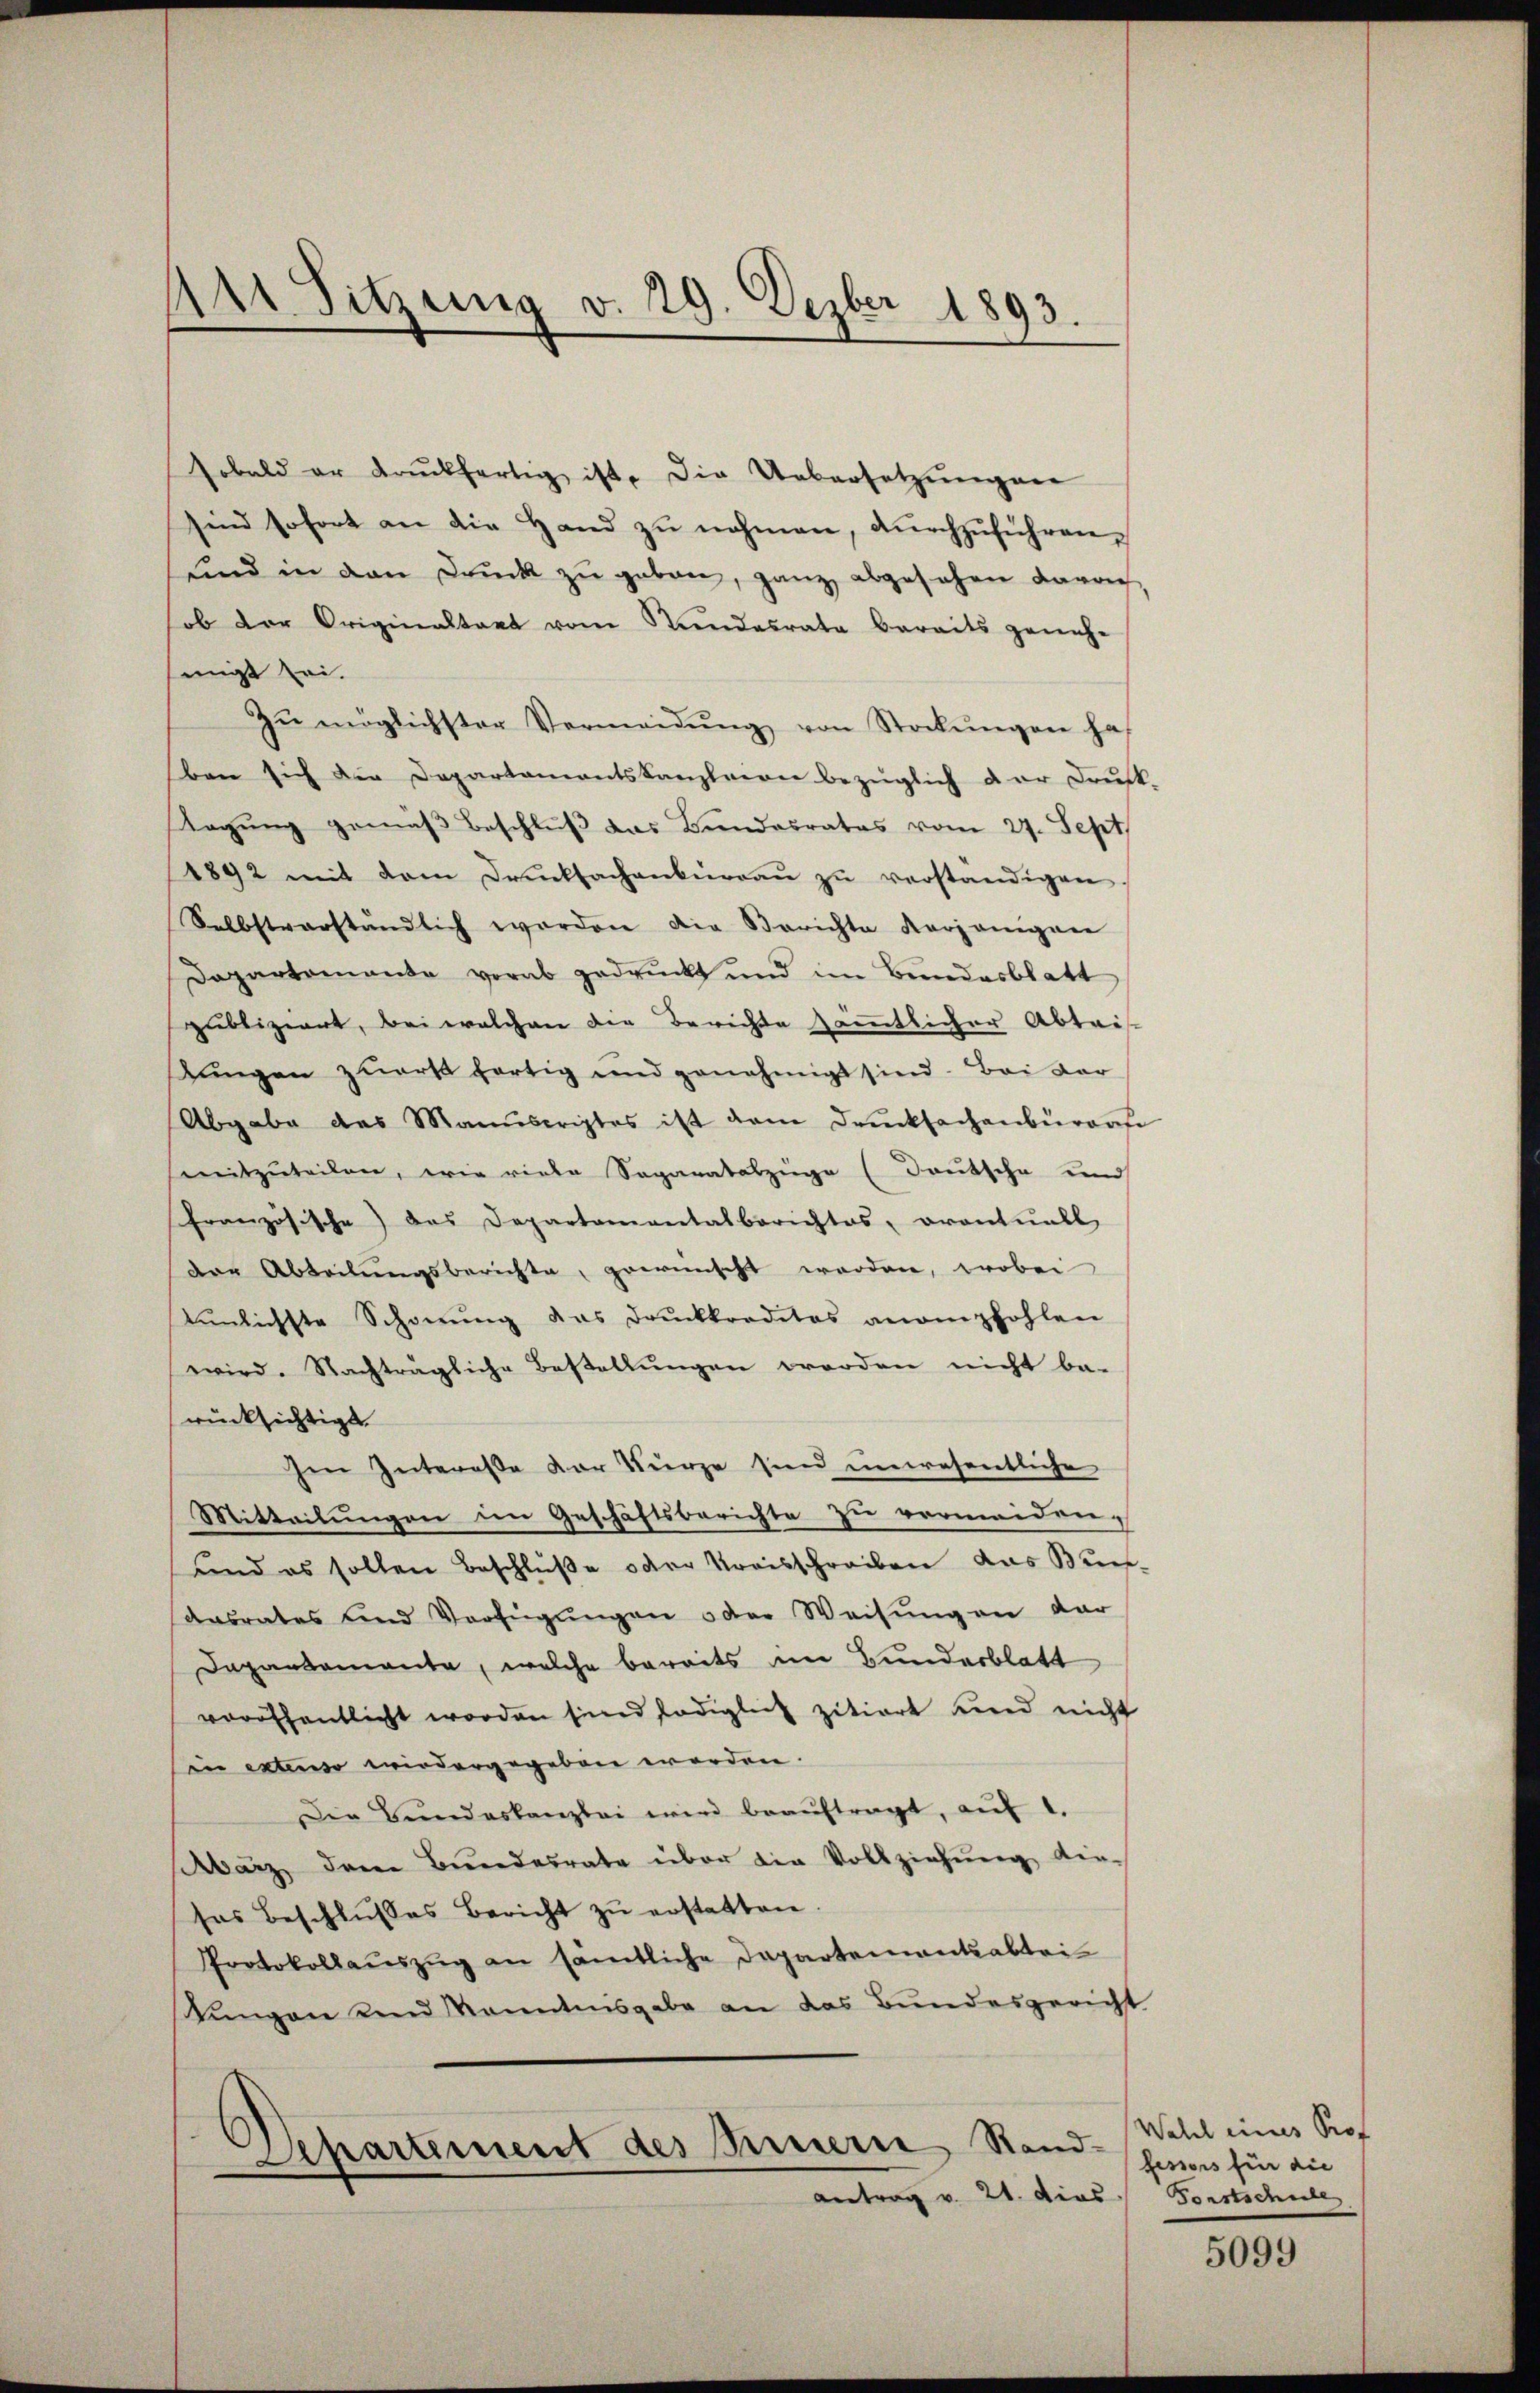
411 Sitzung v. 29. Dezber 1893.

sobald er druckfertig ist, die Uebersetzŭngen
sind sofort an die Hand zu nehmen, durchzuführen,
und in den Druck zŭ geben, ganz abgesehen davon
hob der Originaltaet vom Stundesrata bereits geneh-
migt sei.
Zŭ möglichster Vermeidŭng von Stockŭngen ha
ben sich die Departamentskanzleeren bezüglich der Druck-
Ragŭng gemäß Beschluß das Bundesrates vom 27. Sept
1892 mit dem Drucksachenkirraŭ zŭ verständigen
Selbstverständlich werden die Berichte derjenigen
Dapartemente vorab gedruckt und im Bundesblatt
publiziert, bei welchen die Berichte sämmtlicher Abtris
tungen zuerst fortig und genehmigt sind. Bei dar
Abgabe des Manuscriptes ist dem Drucksachenbüreau
mitzuteilen, wie viele Separatabzüge (Deutsche und
Französische) das Departamentalberichtes, orontuell
der Abteilŭngsberichte, gewünscht werden, wobei
tŭnlichste Schonung das Drŭckkreditas anempfohlen
wird. Nachträgliche Bestellungen worden nicht be-
rücksichtigt.
Ien Intereße der Kurze sind unwesentliche
Mitteilungen im Geschäftsberichte zu vermeiden,
und es sollen Beschlüße oder Kreisschreiben das Bundasrates und Verfügŭngen oder Weisung an dar
Dapartemonte, welche bereits im Bunderblatt
veröffentlicht worden sind lediglich zitiert und nicht
in extenso wiedergegeben worden.
Die Bŭndeskanzlei wird beaŭftragt, aŭf 1.
bärz, der Bundesrate über die Vollziehung die-
sos beschlŭsses Bericht zŭ erstatten.
Protokollaŭszŭg an sämtliche Departementabtei
tungen den Kenntnisgabe an das Bundesgericht

Separtement des Minerie Sand¬
Antrag v. 21. dies Forstschule

Wahl eines Prof
fessors für die

5099